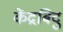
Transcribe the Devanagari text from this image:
केंद्रबिदु